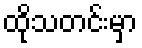
ထိုသတင်းမှာ